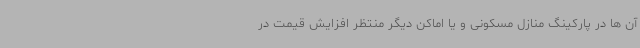
آن ها در پارکینگ منازل مسکونی و یا اماکن دیگر منتظر افزایش قیمت در